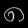
Digit: ၈